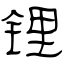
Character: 锂